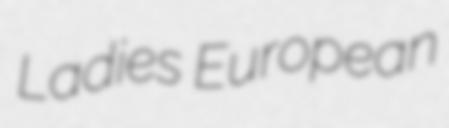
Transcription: Ladies European